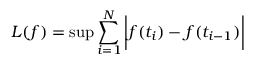
L ( f ) = \operatorname* { s u p } \sum _ { i = 1 } ^ { N } { \bigg | } f ( t _ { i } ) - f ( t _ { i - 1 } ) { \bigg | }